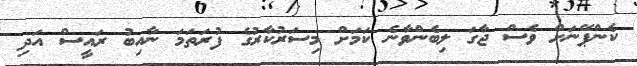
ކެންޕޭނަށް ވެސް ޖާގަ ލިބެންވާނެ ކަމަށް މިސަރުކާރުގެ ފުރަތަމަ ނާއިބު ރައީސް އަދި